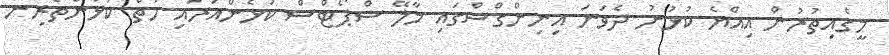
މީގެއިތުރުން އިއްޔެ ކުޅުނު ދެވަނަ އިނިންގްސްގައި މާލޭ ސްޕޯޓްސް ކުޅެންއަރައި ހަތް ކުޅުންތެރިން